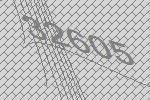
32605